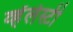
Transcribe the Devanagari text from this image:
व्हॅलेस्टी